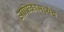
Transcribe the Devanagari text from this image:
आफ्रिकामध्येच